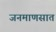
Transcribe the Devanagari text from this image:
जनमाणसात